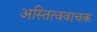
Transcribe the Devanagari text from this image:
अस्तित्ववाचक